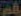
قم